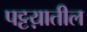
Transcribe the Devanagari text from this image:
पट्टय़ातील